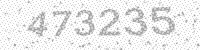
Solution: 473235